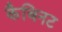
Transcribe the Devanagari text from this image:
कैबिनट